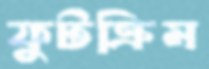
ফুটক্রিম